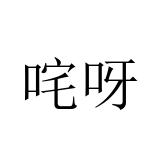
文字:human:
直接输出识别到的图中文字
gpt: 咤呀